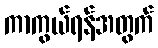
ကာကွယ်ရန်အတွက်